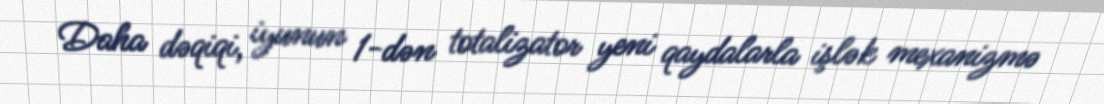
Daha dəqiqi, iyunun 1-dən totalizator yeni qaydalarla işlək mexanizmə